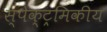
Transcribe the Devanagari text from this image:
स्पेक्ट्रमिकीय